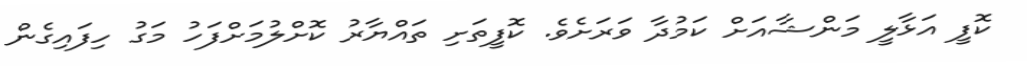
ކޮފީ އަޅާލީ މަންޝާއަށް ކަމުދާ ވަރަށެވެ. ކޮފީތަށި ތައްޔާރު ކޮށްލުމަށްފަހު މަގު ހިފައިގެން